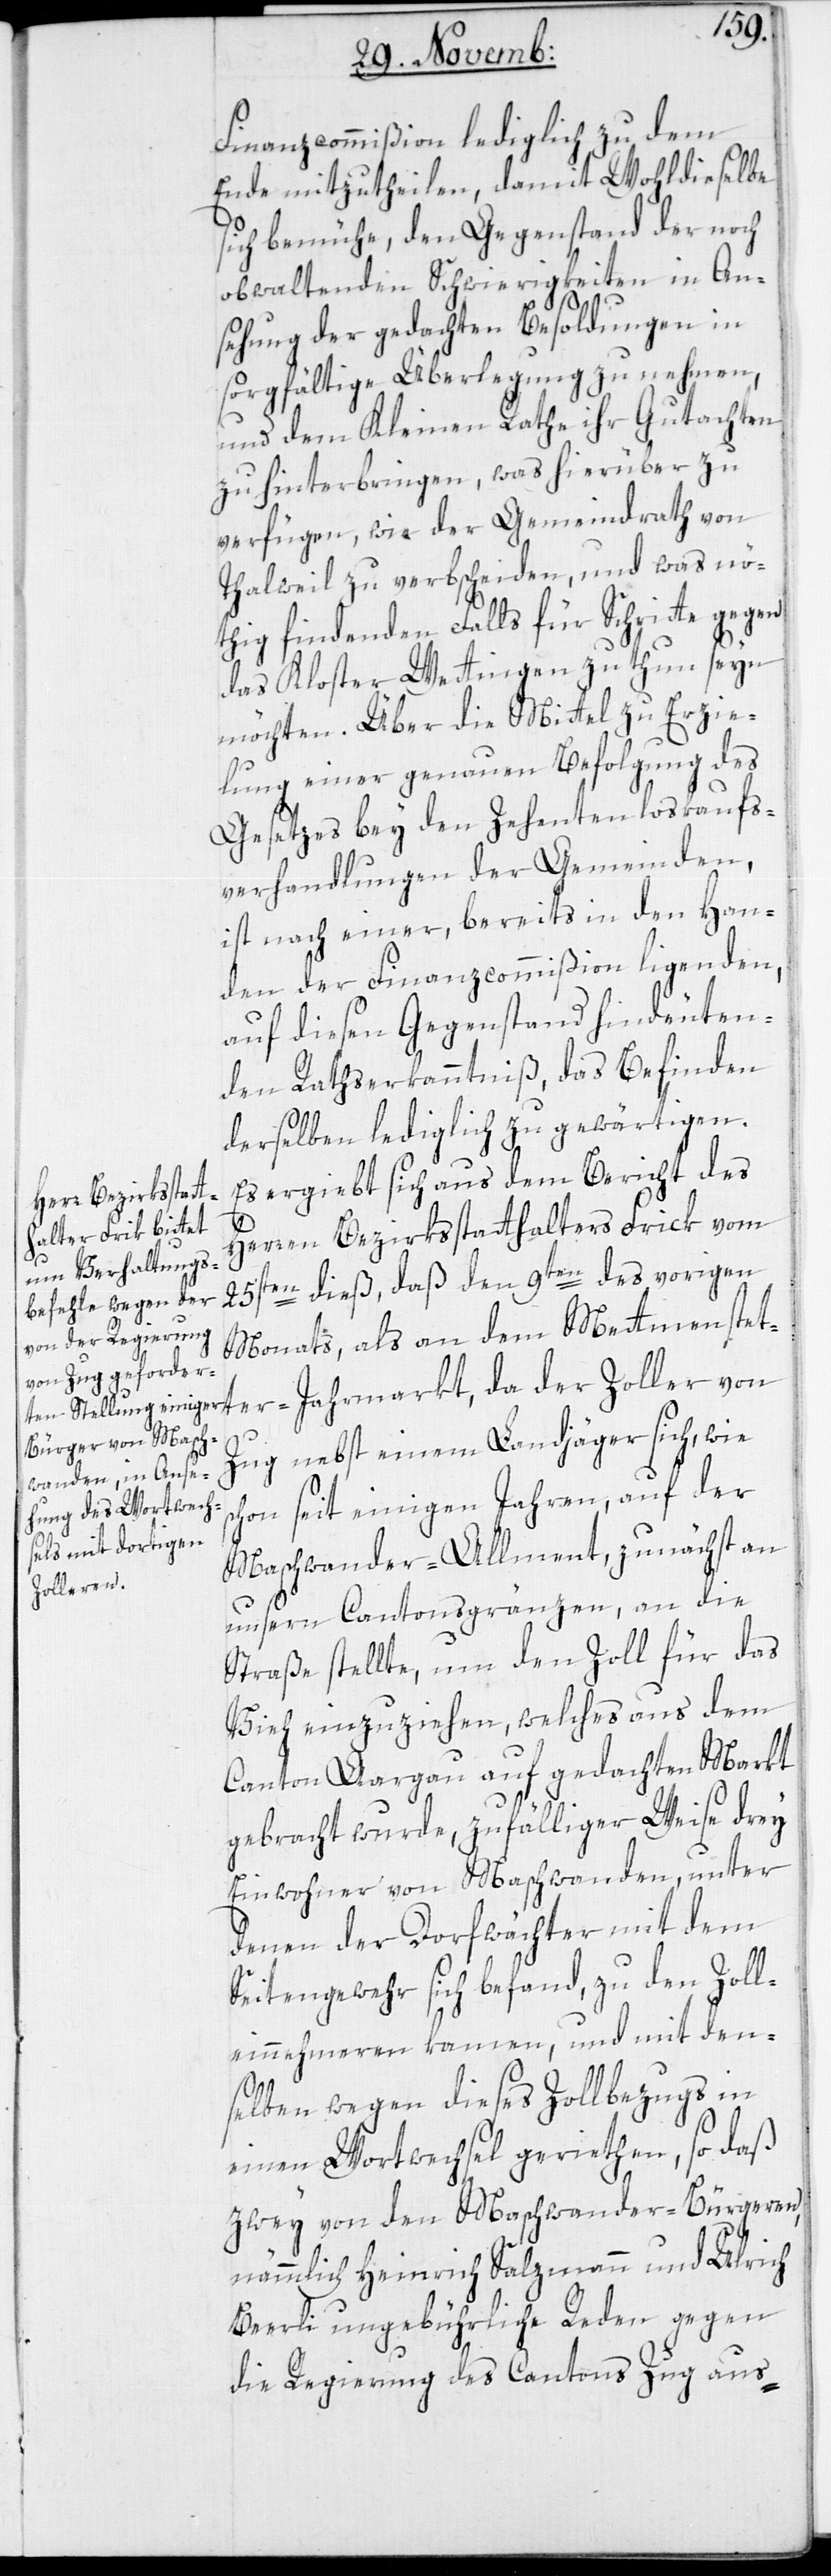
Finanz-Commißion lediglich zu dem
Ende mitzutheilen, damit wohldieselbe
sich bemühe, den Gegenstand der noch
obwaltenden Schwierigkeiten in An¬
sehung der gedachten Besoldungen in
sorgfältige Überlegung zu nehmen,
und dem Kleinen Rathe ihr Gutachten
zu hinterbringen, was hierüber zu
verfügen, wie der Gemeindrath von
Thalweil zu verbscheiden, und was nö¬
thig findenden Falls für Schritte gegen
das Kloster Wettingen zu thun seyn
möchten. Über die Mittel zu Erzie¬
lung einer genauen Befolgung des
Gesetzes bey den Zehentenloskaufs¬
verhandlungen der Gemeinden,
ist nach einer bereits in den Han¬
den der Finanz-Commißion liegenden,
auf diesen Gegenstand hindeuten¬
den Rathserkanntniß, das Befinden
derselben lediglich zu gewärtigen.
Es ergiebt sich aus dem Bericht des
Herren Bezirksstatthalters Frick vom
25sten dieß, daß den 9ten des vorigen
Monats, als an dem Mettmenstett¬
er Jahrmarkt, da der Zoller von
Zug nebst einem Landjäger sich, wie
schon seit einigen Jahren, auf der
Maschwander-Allment, zunächst an
unsern Cantonsgrenzen, an die
Straße stellte, um den Zoll für das
Vieh einzuziehen, welches aus dem
Canton Aargau auf gedachten Markt
gebracht wurde, zufälliger Weise drey
Einwohner von Maschwanden, unter
denen der Dorfwächter mit dem
Seitengewehr sich befand, zu den Zoll¬
einnehmeren kamen, und mit den¬
selben wegen dieses Zollbezugs in
einen Wortwechsel geriethen, so daß
zwey von den Maschwander-Bürgeren,
nämmlich Heinrich Salzmann und Ulrich
Beerli ungebührliche Reden gegen
die Regierung des Cantons Zug aus-